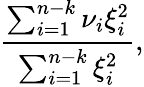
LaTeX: {\frac{\sum_{i=1}^{n-k}\nu_{i}\xi_{i}^{2}}{\sum_{i=1}^{n-k}\xi_{i}^{2}}},